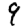
Digit: 9